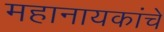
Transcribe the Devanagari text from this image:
महानायकांचे